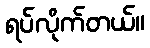
ရပ်လိုက်တယ်။